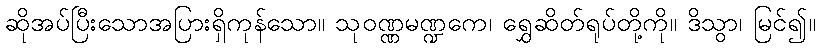
ဆိုအပ်ပြီးသောအပြားရှိကုန်သော။ သုဝဏ္ဏမဏ္ဍကေ၊ ရွှေဆိတ်ရုပ်တို့ကို။ ဒိသွာ၊ မြင်၍။